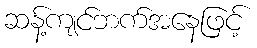
ဆန့်ကျင်ဘက်အနေဖြင့်